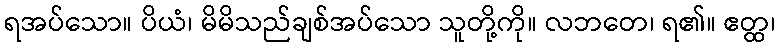
ရအပ်သော။ ပိယံ၊ မိမိသည်ချစ်အပ်သော သူတို့ကို။ လဘတေ၊ ရ၏။ ဧတ္ထ၊